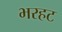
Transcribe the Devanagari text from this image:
भरहट